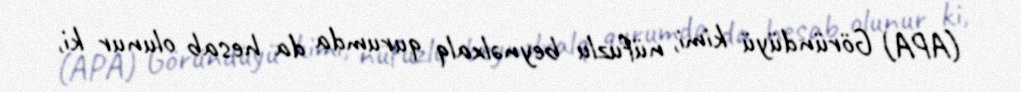
(APA) Göründüyü kimi, nüfuzlu beynəlxalq qurumda da hesab olunur ki,